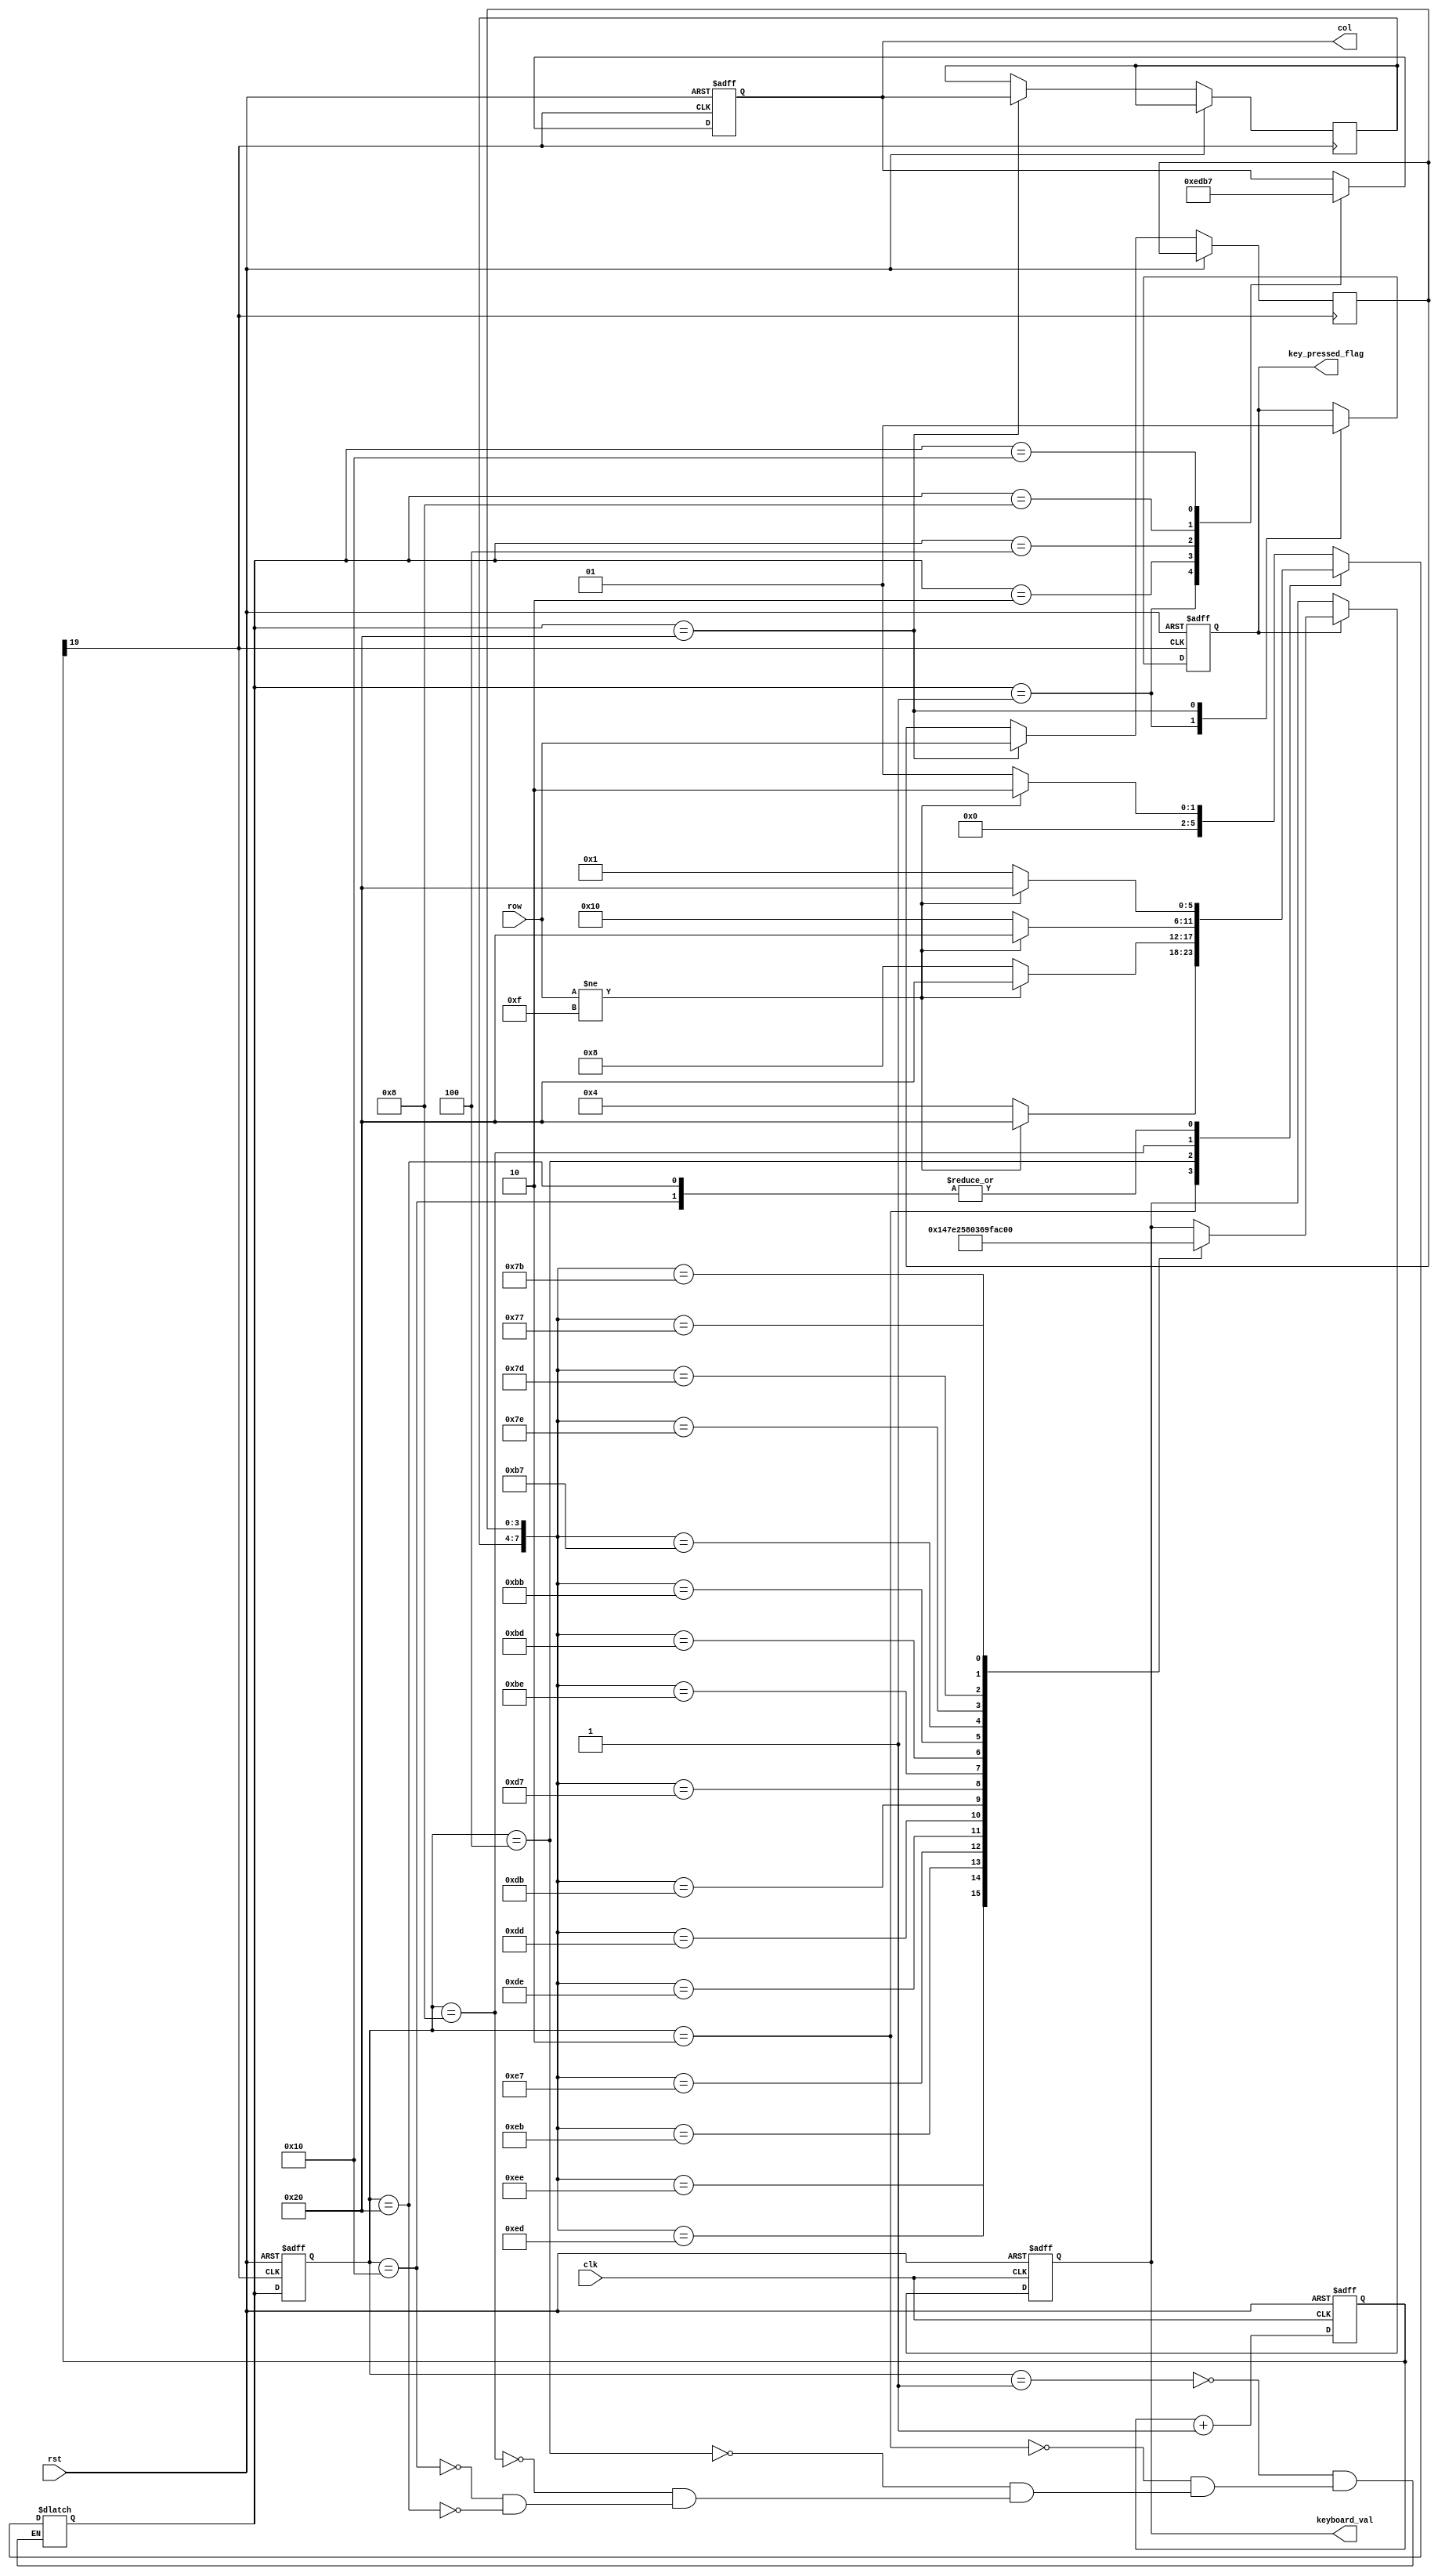
`timescale 1ns / 1ps

module key_board(
    input clk, rst,
    input [3:0] row,                     //  
    output reg [3:0] col,                //  
    output reg [3:0] keyboard_val,       // 
    output reg key_pressed_flag          // 
    );
 
    reg [19:0] cnt;                        
    wire key_clk;

    always @ (posedge clk or posedge rst)
    if (rst)
        cnt <= 0;
    else
        cnt <= cnt + 1'b1;
        
    assign key_clk = cnt[19];                // (2^20/50M = 21)ms 
    //--------------------------------------
    //  
    //--------------------------------------

    //++++++++++++++++++++++++++++++++++++++
    //  
    //++++++++++++++++++++++++++++++++++++++
    // 
    parameter NO_KEY_PRESSED = 6'b000_001;  //   
    parameter SCAN_COL0      = 6'b000_010;  // 0 
    parameter SCAN_COL1      = 6'b000_100;  // 1 
    parameter SCAN_COL2      = 6'b001_000;  // 2 
    parameter SCAN_COL3      = 6'b010_000;  // 3 
    parameter KEY_PRESSED    = 6'b100_000;  // 

    reg [5:0] current_state, next_state;    // 

    always @ (posedge key_clk or posedge rst)
    if (rst)
        current_state <= NO_KEY_PRESSED;
    else
        current_state <= next_state;

    // 
    always @ (*)
    case (current_state)
        NO_KEY_PRESSED :                    // 
            if (row != 4'hF)
            next_state = SCAN_COL0;
            else
            next_state = NO_KEY_PRESSED;
        SCAN_COL0 :                         // 0 
            if (row != 4'hF)
            next_state = KEY_PRESSED;
            else
            next_state = SCAN_COL1;
        SCAN_COL1 :                         // 1 
            if (row != 4'hF)
            next_state = KEY_PRESSED;
            else
            next_state = SCAN_COL2;    
        SCAN_COL2 :                         // 2
            if (row != 4'hF)
            next_state = KEY_PRESSED;
            else
            next_state = SCAN_COL3;
        SCAN_COL3 :                         // 3
            if (row != 4'hF)
            next_state = KEY_PRESSED;
            else
            next_state = NO_KEY_PRESSED;
        KEY_PRESSED :                       // 
            if (row != 4'hF)
            next_state = KEY_PRESSED;
            else
            next_state = NO_KEY_PRESSED;                      
    endcase

    reg [3:0] col_val, row_val;             // 

    // 
    always @ (posedge key_clk or posedge rst)
    if (rst)
    begin
        col              <= 4'h0;
        key_pressed_flag <=    0;
    end
    else
        case (next_state)
        NO_KEY_PRESSED :                  // 
        begin
            col              <= 4'h0;
            key_pressed_flag <=    0;       // 
        end
        SCAN_COL0 :                       // 0
            col <= 4'b1110;
        SCAN_COL1 :                       // 1
            col <= 4'b1101;
        SCAN_COL2 :                       // 2
            col <= 4'b1011;
        SCAN_COL3 :                       // 3
            col <= 4'b0111;
        KEY_PRESSED :                     // 
        begin
            col_val          <= col;        // 
            row_val          <= row;        // 
            key_pressed_flag <= 1;          //   
        end
        endcase
    //--------------------------------------
    //  
    //--------------------------------------


    //++++++++++++++++++++++++++++++++++++++
    //  
    //++++++++++++++++++++++++++++++++++++++
    always @ (posedge clk or posedge rst)
    if (rst)
        keyboard_val <= 4'h0;
    else
        if (key_pressed_flag)
        case ({col_val, row_val})
            8'b1110_1110 : keyboard_val <= 4'h1;
            8'b1110_1101 : keyboard_val <= 4'h4;
            8'b1110_1011 : keyboard_val <= 4'h7;
            8'b1110_0111 : keyboard_val <= 4'hE;
            
            8'b1101_1110 : keyboard_val <= 4'h2;
            8'b1101_1101 : keyboard_val <= 4'h5;
            8'b1101_1011 : keyboard_val <= 4'h8;
            8'b1101_0111 : keyboard_val <= 4'h0;
            
            8'b1011_1110 : keyboard_val <= 4'h3;
            8'b1011_1101 : keyboard_val <= 4'h6;
            8'b1011_1011 : keyboard_val <= 4'h9;
            8'b1011_0111 : keyboard_val <= 4'hF;
            
            8'b0111_1110 : keyboard_val <= 4'hA; 
            8'b0111_1101 : keyboard_val <= 4'hB;
            8'b0111_1011 : keyboard_val <= 4'hC;
            8'b0111_0111 : keyboard_val <= 4'hD;        
        endcase

endmodule